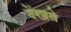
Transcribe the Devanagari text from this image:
देंखते